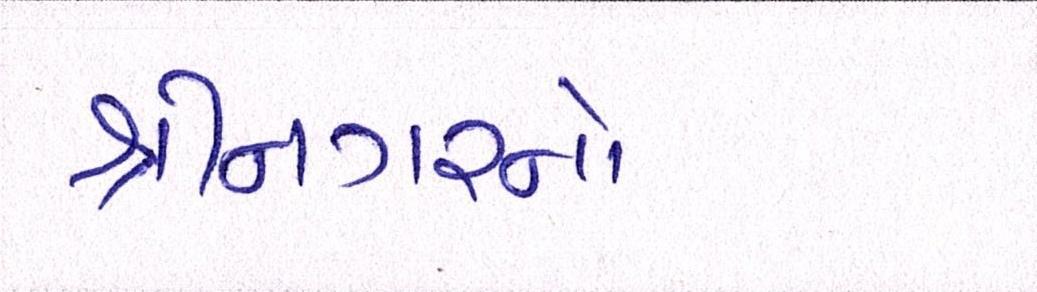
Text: શ્રીનગરનો